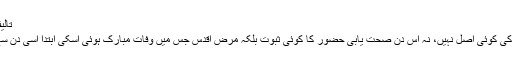
تالیفات رشیدیہ: 154
''آخری چہار شنبہ کی کوئی اصل نہیں، نہ اس دن صحت یابی حضور کا کوئی ثبوت بلکہ مرضِ اقدس جس میں وفاتِ مبارک ہوئی اسکی ابتدا اسی دن سے بتائی جاتی ہے۔